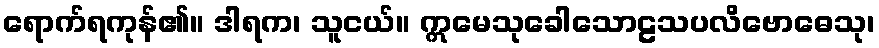
ရောက်ရကုန်၏။ ဒါရက၊ သူငယ်။ ဣမေသုခေါသောဠသပလိဗောဓေသု၊